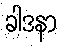
ခါဒနာ